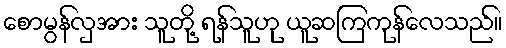
စောမွန်လှအား သူတို့ ရန်သူဟု ယူဆကြကုန်လေသည်။